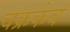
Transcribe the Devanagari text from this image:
चक्रकेव